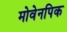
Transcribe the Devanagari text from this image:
मोवेनपिक